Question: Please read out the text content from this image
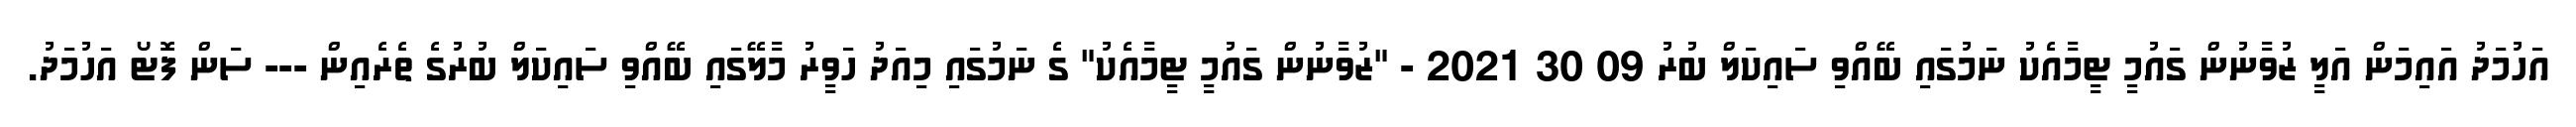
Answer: އަހުމަދު އައިމަން އަލީ ޒުވާނުން ގައުމީ ޓީމާއެކު ނަމުގައި ބޭއްވި ސައިކަލް ބުރު 09 30 2021 - "ޒުވާނުން ގައުމީ ޓީމާއެކު" ގެ ނަމުގައި މިއަދު ހަވީރު މާލޭގައި ބޭއްވި ސައިކަލް ބުރުގެ ތެރެއިން --- ސަން ފޮޓޯ އަހުމަދު.